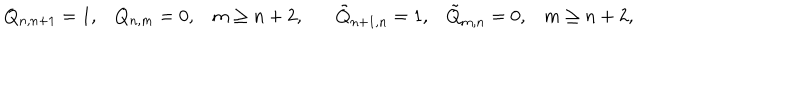
Q _ { n , n + 1 } = 1 , Q _ { n , m } = 0 , m \geq n + 2 , \tilde { Q } _ { n + 1 , n } = 1 , \tilde { Q } _ { m , n } = 0 , m \geq n + 2 ,